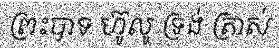
ព្រះបាទ ហ៊ូលូ ទ្រង់ ត្រាស់